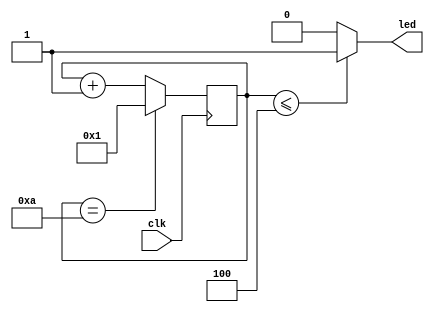
`timescale 1ns / 1ps

//////////////////////////////////////////////////////////////////////////////////


module top(input clk,output led);
reg [7:0] counter=1;
reg [7:0]D=4;
always @(posedge clk)
begin
    if(counter==10)
        counter<=1;
    else
        counter<=counter+1;    
end
assign led=(counter<=D)?1:0;


endmodule